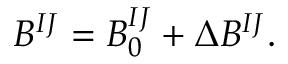
B ^ { I J } = B _ { 0 } ^ { I J } + \Delta B ^ { I J } .